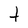
Character: t